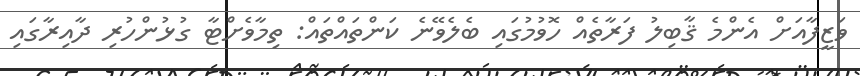
ވަޒީފާއަށް އެންމެ ޤާބިލު ފަރާތެއް ހޮވުމުގައި ބެލެވޭނެ ކަންތައްތައް: ތިމާވެށްޓާ ގުޅުންހުރި ދާއިރާގައި